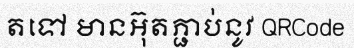
តទៅ មានអ៊ុតភ្ជាប់នូវ QRCode